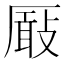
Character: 𠪬